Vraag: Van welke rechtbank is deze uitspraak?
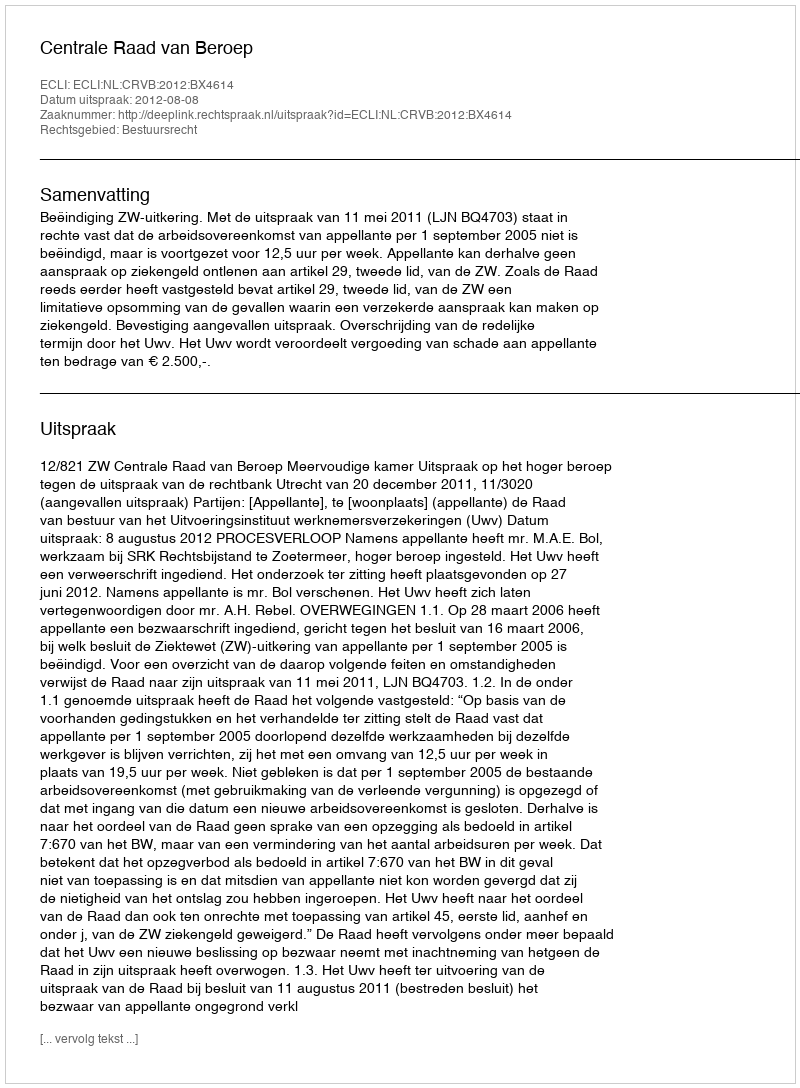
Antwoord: Centrale Raad van Beroep